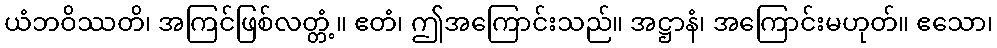
ယံဘဝိဿတိ၊ အကြင်ဖြစ်လတ္တံ့။ ဧတံ၊ ဤအကြောင်းသည်။ အဋ္ဌာနံ၊ အကြောင်းမဟုတ်။ ဧသော၊